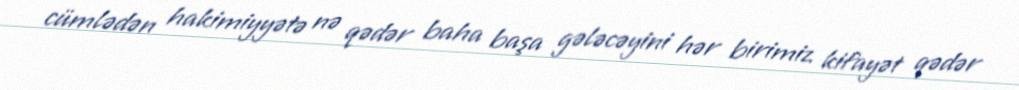
cümlədən hakimiyyətə nə qədər baha başa gələcəyini hər birimiz kifayət qədər